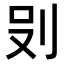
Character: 𭃒